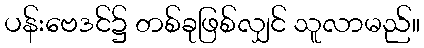
ပန်းဗေဒင်၌ တစ်ခုဖြစ်လျှင် သူလာမည်။